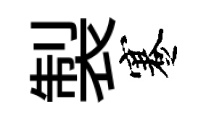
製蹇